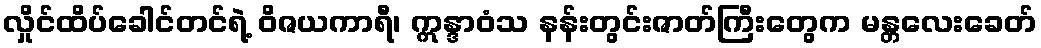
လှိုင်ထိပ်ခေါင်တင်ရဲ့ ဝိဇယကာရီ၊ ဣန္ဒာဝံသ နန်းတွင်းဇာတ်ကြီးတွေက မန္တလေးခေတ်